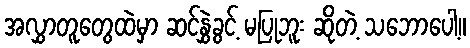
အလွှာတူတွေထဲမှာ ဆင်နွှဲခွင့် မပြုဘူး ဆိုတဲ့ သဘောပေါ့။